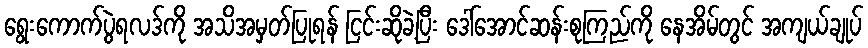
ရွေးကောက်ပွဲရလဒ်ကို အသိအမှတ်ပြုရန် ငြင်းဆိုခဲ့ပြီး ဒေါ်အောင်ဆန်းစုကြည်ကို နေအိမ်တွင် အကျယ်ချုပ်